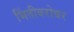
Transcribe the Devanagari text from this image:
भिंतीबरोबर